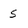
Character: s